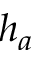
h _ { a }